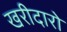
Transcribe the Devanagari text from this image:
खरीदारो